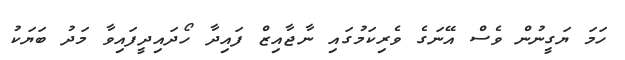
ހަމަ ޔަގީނުން ވެސް އޭނަގެ ވެރިކަމުގައި ނާޖާއިޒް ފައިދާ ހޯދައިދީފައިވާ މަދު ބަޔަކު